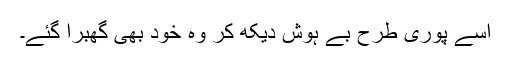
اسے پوری طرح بے ہوش دیکھ کر وہ خود بھی گھبرا گئے۔